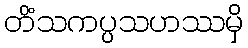
တိံသကပ္ပသဟဿမှိ